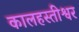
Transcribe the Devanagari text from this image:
कालहस्तीश्वर